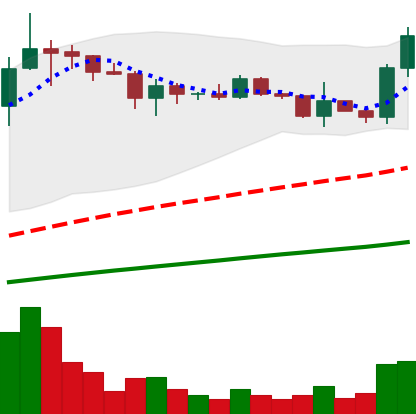
Ticker: ADA-USD
Chart end date: 2021-03-17
Forward return: -19.497%
Label: down_7plus